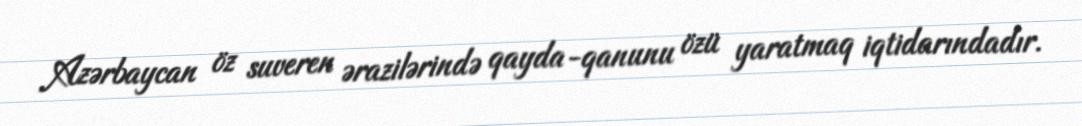
Azərbaycan öz suveren ərazilərində qayda-qanunu özü yaratmaq iqtidarındadır.